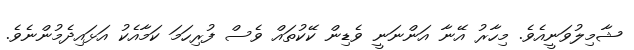
ޝާމިލުވަނީއެވެ. މިހާރު އޭނާ އަންނަނީ ވެޑިން ކޭކުތައް ވެސް ފުރިހަމަ ކަމާއެކު އަޅައިދެމުންނެވެ.